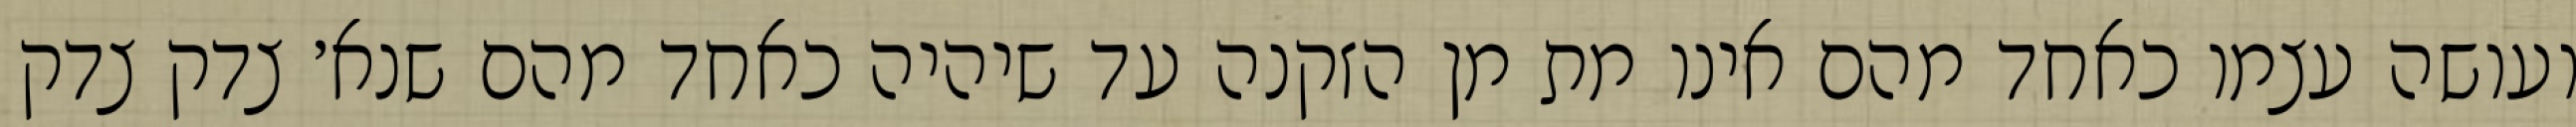
ועושה עצמו כאחד מהם אינו מת מן הזקנה עד שיהיה כאחד מהם שנא׳ צדק צדק